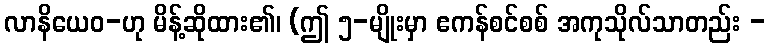
လာနိယေဝ-ဟု မိန့်ဆိုထား၏၊ (ဤ ၅-မျိုးမှာ ဧကန်စင်စစ် အကုသိုလ်သာတည်း -